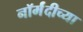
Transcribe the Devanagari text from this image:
नॉर्मंदीच्या